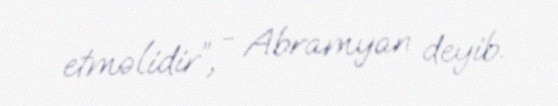
etməlidir”, - Abramyan deyib.